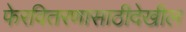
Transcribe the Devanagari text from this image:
फेरवितरणासाठीदेखील